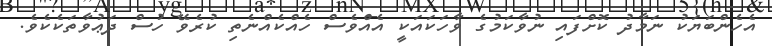
އެހެންބަޔަކު ނަމާދު ކޮށްފައި ނުވާކަމުގެ ވާހަކައަކީ އެއްވެސް ހެއްކެއްނެތި ކުރެވޭ ހުސް ދަޢުވާތަކެކެވެ.